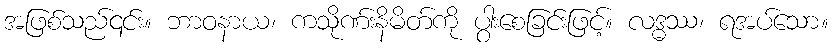
အဖြစ်သည်၎င်း။ ဘာဝနာယ၊ ကသိုဏ်းနိမိတ်ကို ပွါးစေခြင်းဖြင့်။ လဒ္ဓဿ၊ ရအပ်သော။